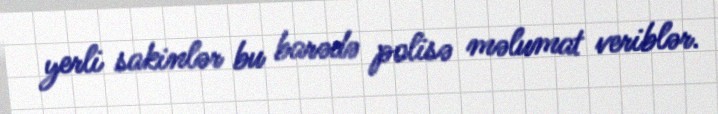
yerli sakinlər bu barədə polisə məlumat veriblər.